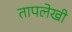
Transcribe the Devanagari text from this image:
तापलेखी